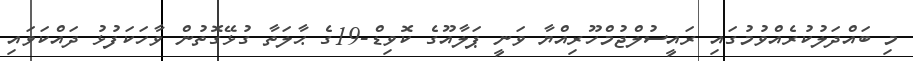
މި ބައްދަލުކުރެއްވުމުގައި ރައީސުލްޖުމްހޫރިއްޔާ ވަނީ ޕަލާއޫގެ ކޮވިޑް-19ގެ ޙާލަތާ ގުޅޭގޮތުން ވާހަކަފުޅު ދައްކަވައި